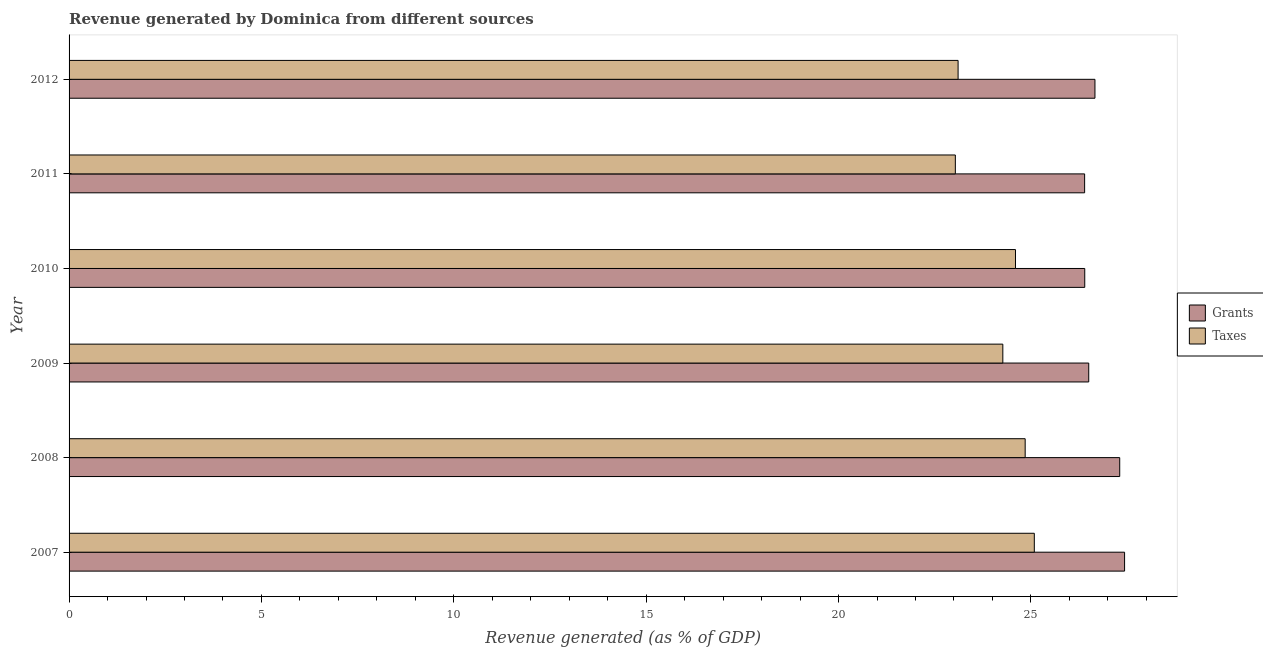
| Year | Grants | Taxes |
 | --- | --- | --- |
 | 2007 | 27.4 | 25.1 |
 | 2008 | 27.3 | 24.9 |
 | 2009 | 26.5 | 24.3 |
 | 2010 | 26.4 | 24.6 |
 | 2011 | 26.4 | 23 |
 | 2012 | 26.7 | 23.1 |